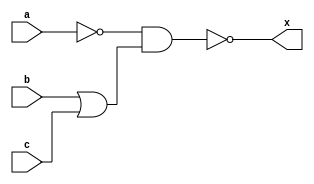
module exp5(a,b,c,x);
input a, b, c;
output x;
wire w1, w2;
not n1(w1, a);
or o1(w2, b,c);
nand n2(x, w1, w2);
endmodule

module exp5_tb;
reg a, b, c;
wire x;
exp5 i(a, b, c, x);
initial
begin
	a = 1'b0;
	b = 1'b0;
	c = 1'b0;
	$monitor("Time:%0t a=%b b=%b, c=%b, x=%b",$time, a, b, c, x);
	#5 a= 1'b0; b=1'b0; c=1'b0;
	#5 a= 1'b0; b=1'b0; c=1'b1;
	#5 a= 1'b0; b=1'b1; c=1'b0;
	#5 a= 1'b0; b=1'b1; c=1'b1;
	#5 a= 1'b1; b=1'b0; c=1'b0;
	#5 a= 1'b1; b=1'b0; c=1'b1;
	#5 a= 1'b1; b=1'b1; c=1'b0;
	#5 a= 1'b1; b=1'b1; c=1'b1;
end
endmodule